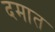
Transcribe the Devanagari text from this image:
दमात